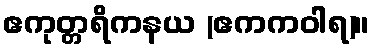
ဧကုတ္တရိကနယ (ဧကကဝါရ)။